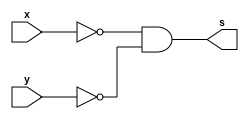
// Exercicio 05
// Wadson Gomes Ferreira
// 460631
// Tabela-Verdade NOR usando 'de morgan'
// Usando diviso em modulos

module tabelaNOR(output s,input x,input y);
       assign s = ~x & ~y;
endmodule

module teste;
       reg a,b;
       wire s;
       tabelaNOR T1(s,a,b);
       initial begin
               a=1'b0;
               b=1'b0;
       end
       
       initial begin
               $display("Exercicio05 - Wadson Gomes Ferreira - 460631");
               $display("Tabela-Verdade NOR usando 'de Morgan'");
               $monitor("~ ( a=%b | b=%b ) => %b",a,b,s);
               #1
                 a=1'b0;
                 b=1'b1;
               #1
                 a=1'b1;
                 b=1'b0;
               #1
                 a=1'b1;
                 b=1'b1;
       end

endmodule